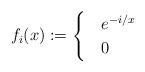
LaTeX: \begin{align*} f_i(x):= \begin{cases} &e^{-i/x} \\ &0 \end{cases}\end{align*}